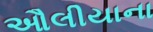
ઔલીયાના